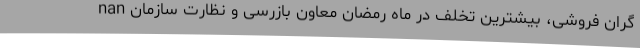
nan گران‌ فروشی، بیشترین تخلف در ماه رمضان معاون بازرسی و نظارت سازمان